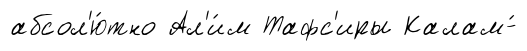
абсол'ю́тно Ал'и́м Тафс'иры Калам-́